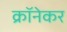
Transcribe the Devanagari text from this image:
क्रॉनेकर